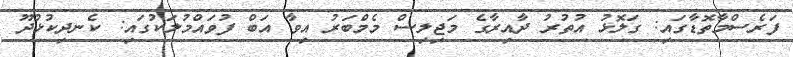
ފަރެސްމާތޮޑާގައި: ގަލޮޅު އުތުރު ދާއިރާގެ މަޖިލިސް މެމްބަރު އިވާ އަބް ފުވައްމުލަކުގައި: ކެނދިކުޅުދޫ